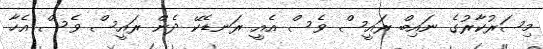
މިސަރުކާރުގެ ނައިބް ރައީސް ވެސް އެއީ ރަނޑެކޭ ދެން ރައީސް ވެސް އެހާ